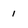
Character: I